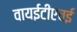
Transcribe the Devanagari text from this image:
वायईटीएचई